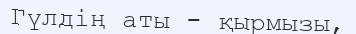
Гүлдің аты - қырмызы,